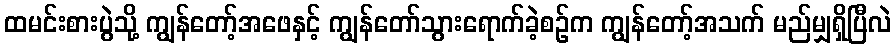
ထမင်းစားပွဲသို့ ကျွန်တော့်အဖေနှင့် ကျွန်တော်သွားရောက်ခဲ့စဉ်က ကျွန်တော့်အသက် မည်မျှရှိပြီလဲ